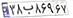
۳۸ب۸۶۹۶۷